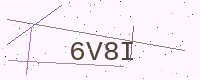
Text: 6V8I